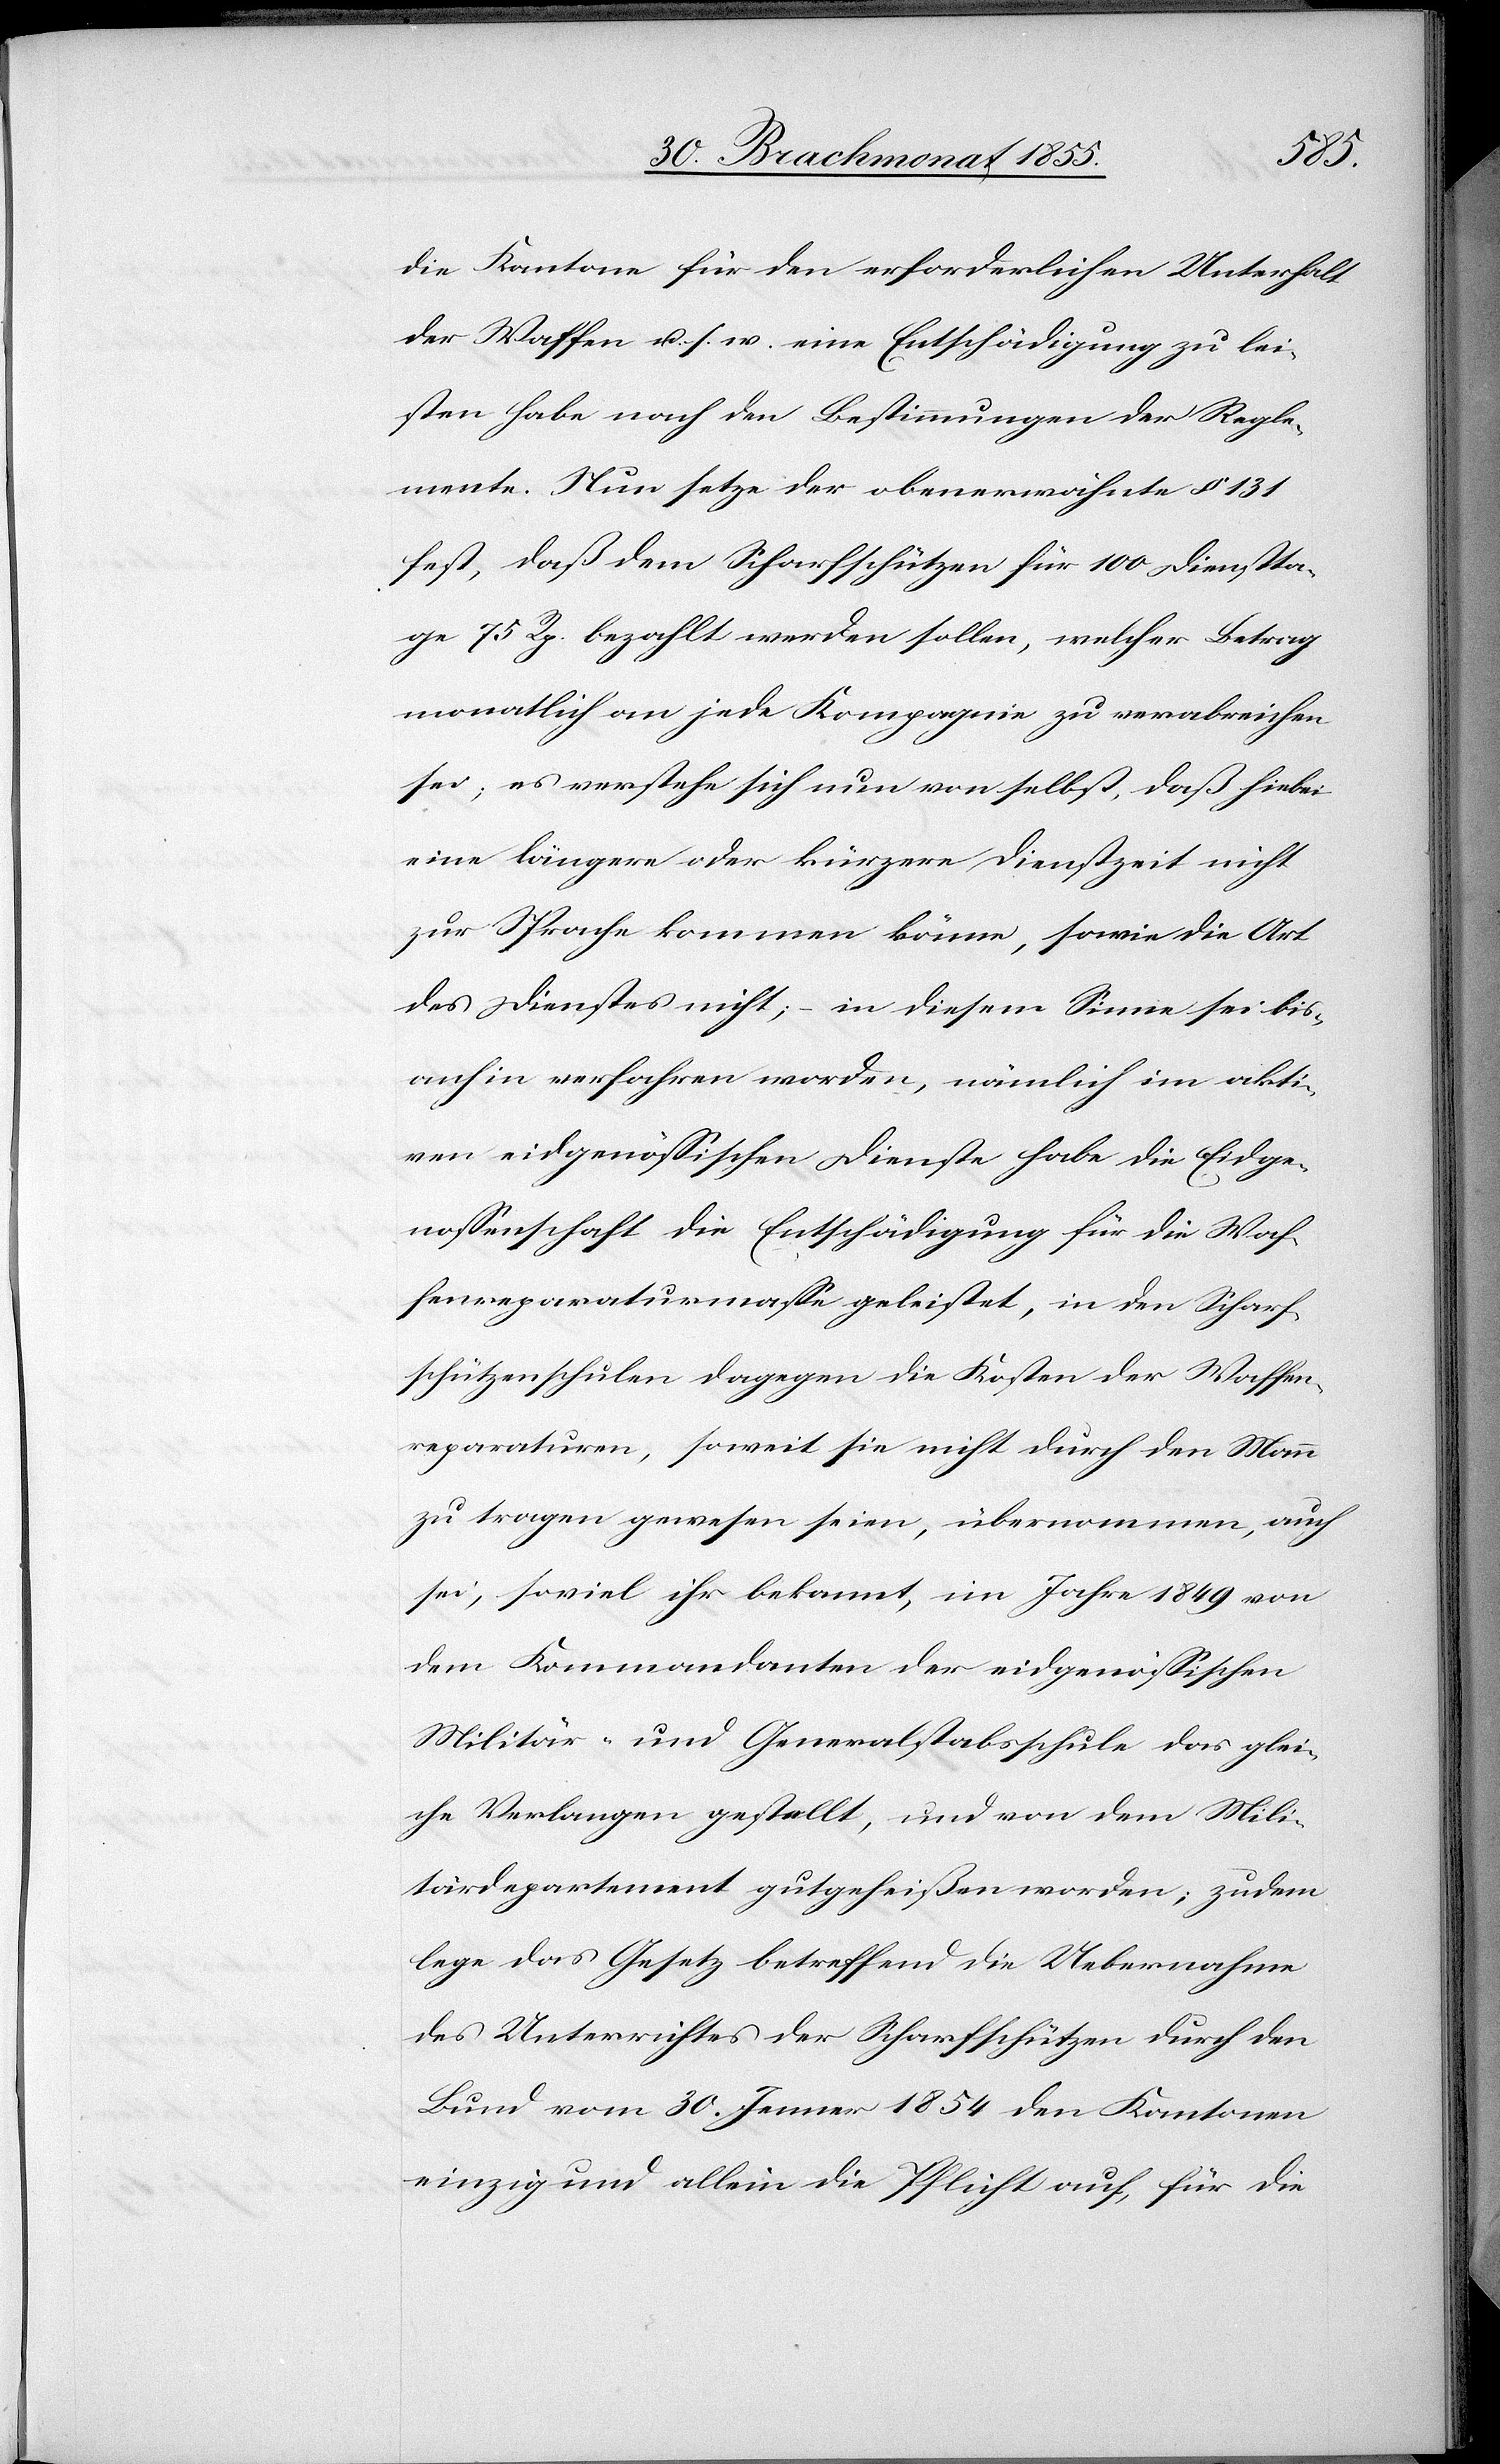
die Kantone für den erforderlichen Unterhalt
der Waffen u. s. w. eine Entschädigung zu lei¬
sten habe nach den Bestimmungen der Regle¬
mente. Nun setze der obenerwähnte § 131
fest, daß dem Scharfschützen für 100 Dienstta¬
ge 75 Rp. bezahlt werden sollen, welcher Betrag
monatlich an jede Kompagnie zu verabreichen
sei; es verstehe sich nun von selbst, daß hiebei
eine längere oder kürzere Dienstzeit nicht
zur Sprache kommen könne, sowie die Art
des Dienstes nicht; – in diesem Sinne sei bis¬
anhin verfahren worden, nämlich im akti¬
ven eidgenössischen Dienste habe die Eidge¬
nossenschaft die Entschädigung für die Waf¬
fenreparaturmasse geleistet, in den Scharf¬
schützenschulen dagegen die Kosten der Waffen¬
reparaturen, soweit sie nicht durch den Mann
zu tragen gewesen seien, übernommen, auch
sei, soviel ihr bekannt, im Jahre 1849 von
dem Kommandanten der eidgenössischen
Militär- und Generalstabsschule das glei¬
che Verlangen gestellt, und von dem Mili¬
tärdepartement gutgeheißen worden; zudem
lege das Gesetz betreffend die Uebernahme
des Unterrichtes der Scharfschützen durch den
Bund vom 30. Jenner 1854 den Kantonen
einzig und allein die Pflicht auf, für die